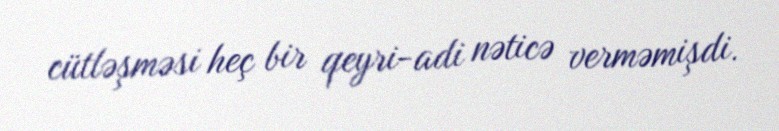
cütləşməsi heç bir qeyri-adi nəticə verməmişdi.